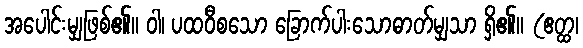
အပေါင်းမျှဖြစ်၏။ ဝါ၊ ပထဝီစသော ခြောက်ပါးသောဓာတ်မျှသာ ရှိ၏။ (ဧတ္ထ၊